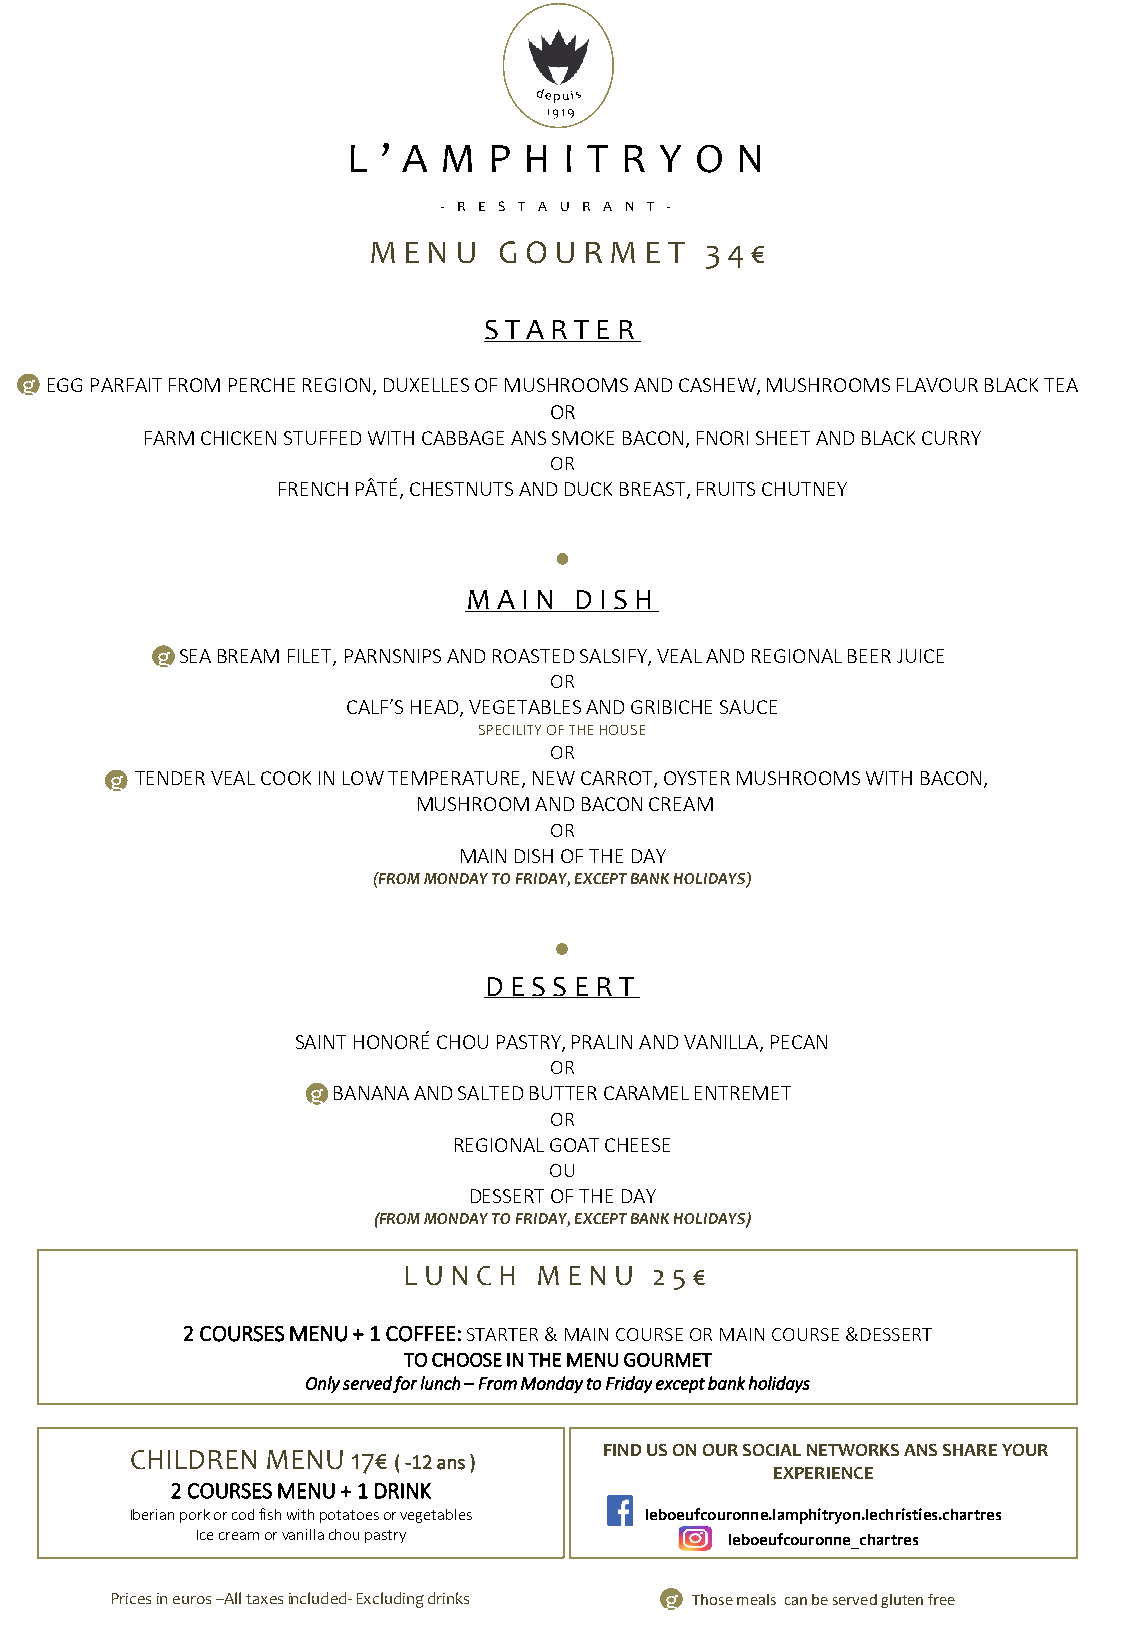
L ’ A M  P  H I T R  Y O  N
 - R E S T A U R A N T -
 M  EN U  G OU  R M ET  3 4 €
 S TAR T ER
 g EGG PARFAIT FROM PERCHE REGION, DUXELLES OF MUSHROOMS AND CASHEW, MUSHROOMS FLAVOUR BLACK TEA
 OR
 FARM CHICKEN STUFFED WITH CABBAGE ANS SMOKE BACON, FNORI SHEET AND BLACK CURRY
 OR
 FRENCH PÂTÉ, CHESTNUTS AND DUCK BREAST, FRUITS CHUTNEY
 MAIN   DIS H
 g SEA BREAM FILET, PARNSNIPS AND ROASTED SALSIFY, VEAL AND REGIONAL BEER JUICE
 OR
 CALF’S HEAD, VEGETABLES AND GRIBICHE SAUCE
 SPECILITY OF THE HOUSE
 OR
 g TENDER VEAL COOK IN LOW TEMPERATURE, NEW CARROT, OYSTER MUSHROOMS WITH BACON,
 MUSHROOM AND BACON CREAM
 OR
 MAIN DISH OF THE DAY
 (FROM MONDAY TO FRIDAY, EXCEPT BANK HOLIDAYS)
 DES  S ER T
 SAINT HONORÉ CHOU PASTRY, PRALIN AND VANILLA, PECAN
 OR
 g BANANA AND SALTED BUTTER CARAMEL ENTREMET
 OR
 REGIONAL GOAT CHEESE
 OU
 DESSERT OF THE DAY
 (FROM MONDAY TO FRIDAY, EXCEPT BANK HOLIDAYS)
 LUNCH   M  ENU  25 €
 2 COURSES MENU + 1 COFFEE: STARTER & MAIN COURSE OR MAIN COURSE &DESSERT
 TO CHOOSE IN THE MENU GOURMET
 Only served for lunch – From Monday to Friday except bank holidays
 CHILDREN MENU 17€ ( -12 ans )  FIND US ON OUR SOCIAL NETWORKS ANS SHARE YOUR
 EXPERIENCE
 2 COURSES MENU + 1 DRINK
 Iberian pork or cod fish with potatoes or vegetables leboeufcouronne.lamphitryon.lechristies.chartres
 Ice cream or vanilla chou pastry   leboeufcouro nne_chartres
 Prices in euros –All taxes included- Excluding drinks g Those meals can be served gluten free